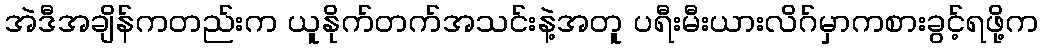
အဲဒီအချိန်ကတည်းက ယူနိုက်တက်အသင်းနဲ့အတူ ပရီးမီးယားလိဂ်မှာကစားခွင့်ရဖို့က